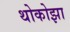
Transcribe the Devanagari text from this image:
थोकोझा